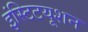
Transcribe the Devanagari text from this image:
इंस्टिटयूशन